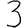
Digit: 3